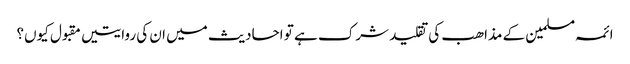
ائمہ مسلمین کے مذاھب کی تقلید شرک ہے تو احادیث میں ان کی روایتیں مقبول کیوں؟